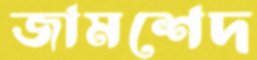
জামশেদ